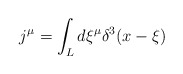
\begin{align*}j^\mu = \int_L d \xi^\mu \delta^3 (x - \xi)\end{align*}